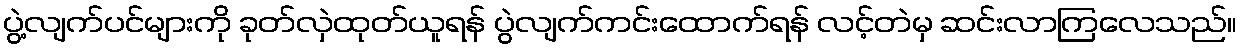
ပွဲ့လျက်ပင်များကို ခုတ်လှဲထုတ်ယူရန် ပွဲလျက်ကင်းထောက်ရန် လင့်တဲမှ ဆင်းလာကြလေသည်။